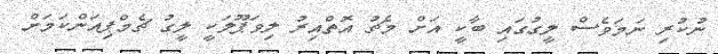
ނުކުރި ނަމަވެސް ލީގުގައި ބާކީ އަށް މެޗު އޮތްއިރު ލިވަޕޫލަކީ ލީގު ޗެމްޕިއަންކަމަށް